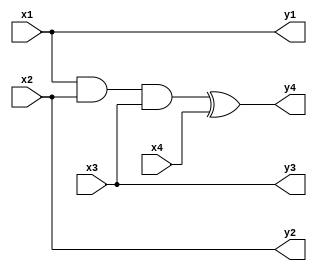
`timescale 1ns / 1ps
module toofli_4X4(
    input x1,
    input x2,
    input x3,
    input x4,
    output y1,
    output y2,
    output y3,
    output y4
    );
    
    assign y1 = x1;
    assign y2 = x2;
    assign y3 = x3;
    assign y4 = (x1 && x2 && x3) ^ x4;
endmodule